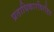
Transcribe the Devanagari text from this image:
प्रताधिकारविरहित